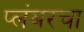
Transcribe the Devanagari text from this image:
प्लंबरचा